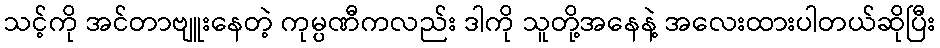
သင့်ကို အင်တာဗျူးနေတဲ့ ကုမ္ပဏီကလည်း ဒါကို သူတို့အနေနဲ့ အလေးထားပါတယ်ဆိုပြီး